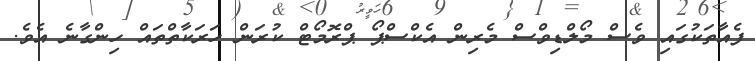
ފެއާތަކުގައި ވެސް މޯލްޑިވްސް މެރިން އެކްސްޕޯ ޕްރޮމޯޓް ކުރަން ހަރަކާތްތައް ހިންގާނެ އެވެ.